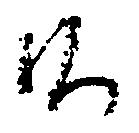
候